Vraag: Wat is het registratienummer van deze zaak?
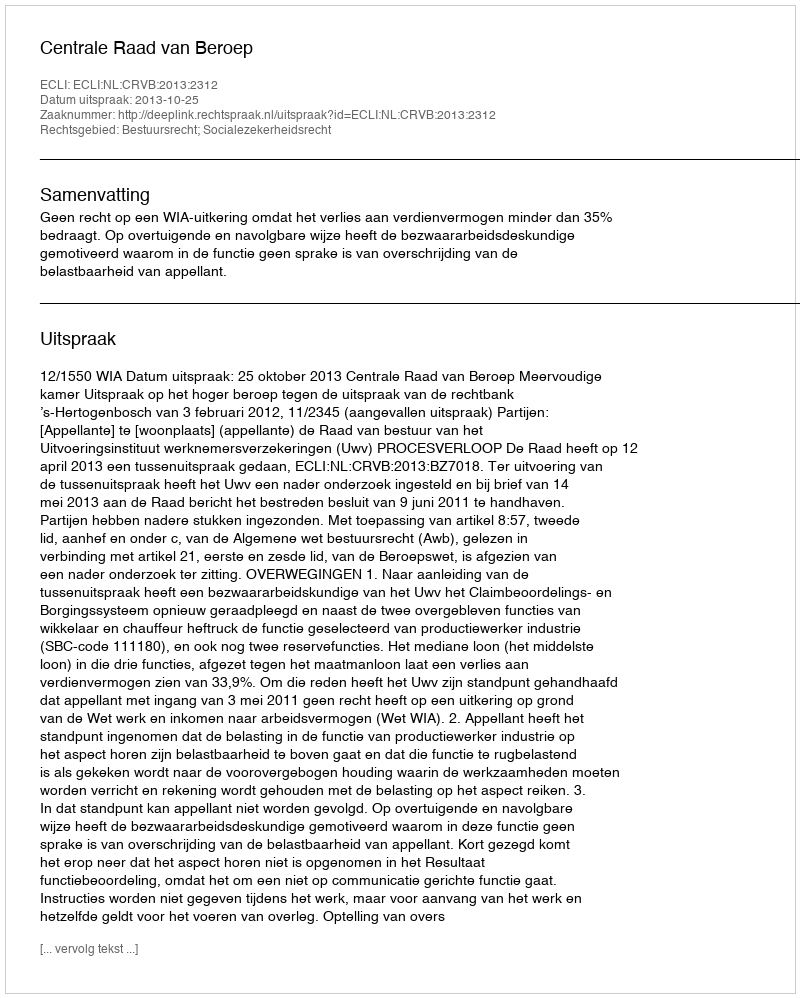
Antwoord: http://deeplink.rechtspraak.nl/uitspraak?id=ECLI:NL:CRVB:2013:2312